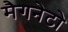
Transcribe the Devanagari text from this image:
मैगनेटो